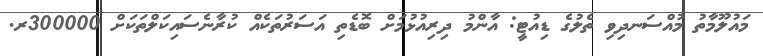
މައުލޫމާތު މުއްސަނދިވި ތެލުގެ ޑިއުޓީ: އާންމު ދިރިއުޅުމަށް ބޮޑެތި އަސަރުތަކެއް ކުރާނެސައިކަލްތަކަށް 300000ރ.